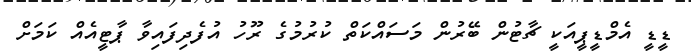
ޑީޑީ އެމްޑީޕީއަކީ ޗާޓުން ބޭރުން މަސައްކަތް ކުރުމުގެ ރޫހު އުފެދިފައިވާ ޕާޓީއެއް ކަމަށް